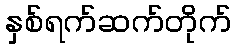
နှစ်ရက်ဆက်တိုက်